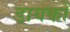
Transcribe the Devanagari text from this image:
डायकों